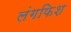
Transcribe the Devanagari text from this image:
लंगफिश